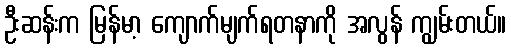
ဦးဆန်းက မြန်မာ့ ကျောက်မျက်ရတနာကို အလွန် ကျွမ်းတယ်။